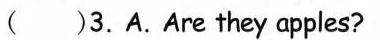
( )3.A.Are they apples?